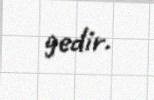
gedir.